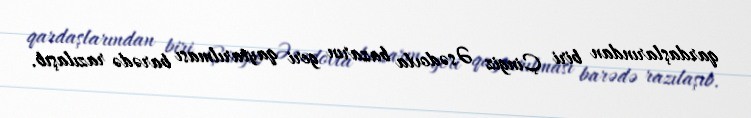
qardaşlarından biri Çingiz Əsədovla bazarın geri qaytarılması barədə razılaşıb.